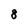
Character: 8